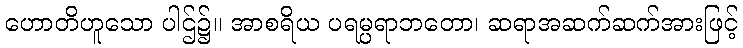
ဟောတိဟူသော ပါဌ်၌။ အာစရိယ ပရမ္ပရာဘတော၊ ဆရာအဆက်ဆက်အားဖြင့်